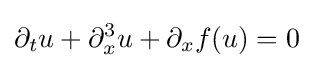
\partial _{t}u+\partial _{x}^{3}u+\partial _{x}f(u)=0